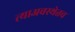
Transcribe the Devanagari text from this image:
त्याअवस्थेतच